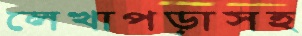
লেখাপড়াসহ